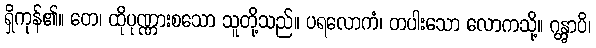
ရှိကုန်၏။ တေ၊ ထိုပုဏ္ဏားစသော သူတို့သည်။ ပရလောကံ၊ တပါးသော လောကသို့။ ဂန္တွာပိ၊